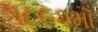
૧૮૯૨માઁ